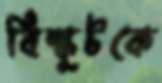
বিস্কুটকে